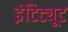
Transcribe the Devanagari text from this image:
इंटिट्यूट